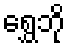
ရွှေဘို